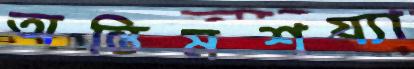
অন্তিমশয্যা